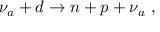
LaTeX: \nu _ { a } + d \to n + p + \nu _ { a } \ ,